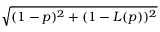
\sqrt { ( 1 - p ) ^ { 2 } + ( 1 - L ( p ) ) ^ { 2 } }